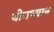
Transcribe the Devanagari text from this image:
योगध्‍यान